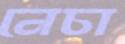
নেচা